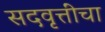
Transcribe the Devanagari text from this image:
सदवृत्तींचा